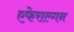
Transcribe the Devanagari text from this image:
एफेराल्गन